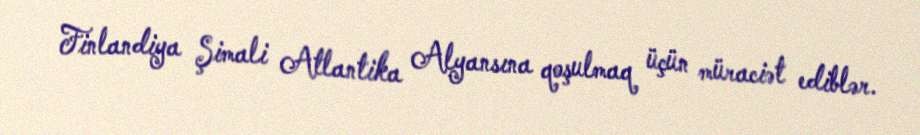
Finlandiya Şimali Atlantika Alyansına qoşulmaq üçün müraciət ediblər.